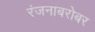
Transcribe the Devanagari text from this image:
रंजनाबरोबर